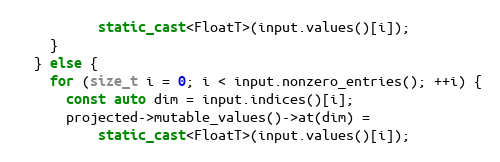
Language: C++
          static_cast<FloatT>(input.values()[i]);
    }
  } else {
    for (size_t i = 0; i < input.nonzero_entries(); ++i) {
      const auto dim = input.indices()[i];
      projected->mutable_values()->at(dim) =
          static_cast<FloatT>(input.values()[i]);